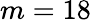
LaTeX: m=18